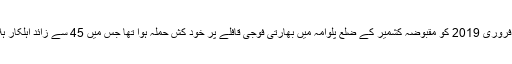
یاد رہے کہ14 فروری 2019 کو مقبوضہ کشمیر کے ضلع پلوامہ میں بھارتی فوجی قافلے پر خود کش حملہ ہوا تھا جس میں 45 سے زائد اہلکار ہلاک ہوئے تھے۔